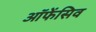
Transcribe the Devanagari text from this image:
ऑफेंसिव